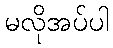
မလိုအပ်ပါ